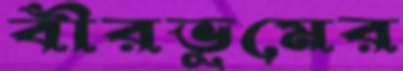
বীরভূমের